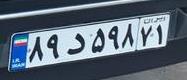
۸۹د۵۹۸۷۱